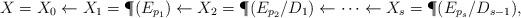
LaTeX: \begin{align*} X = X_0 \leftarrow X_1 = \P(E_{p_1}) \leftarrow X_2 = \P(E_{p_2}/D_1) \leftarrow \cdots \leftarrow X_s = \P(E_{p_s}/D_{s-1}),\end{align*}